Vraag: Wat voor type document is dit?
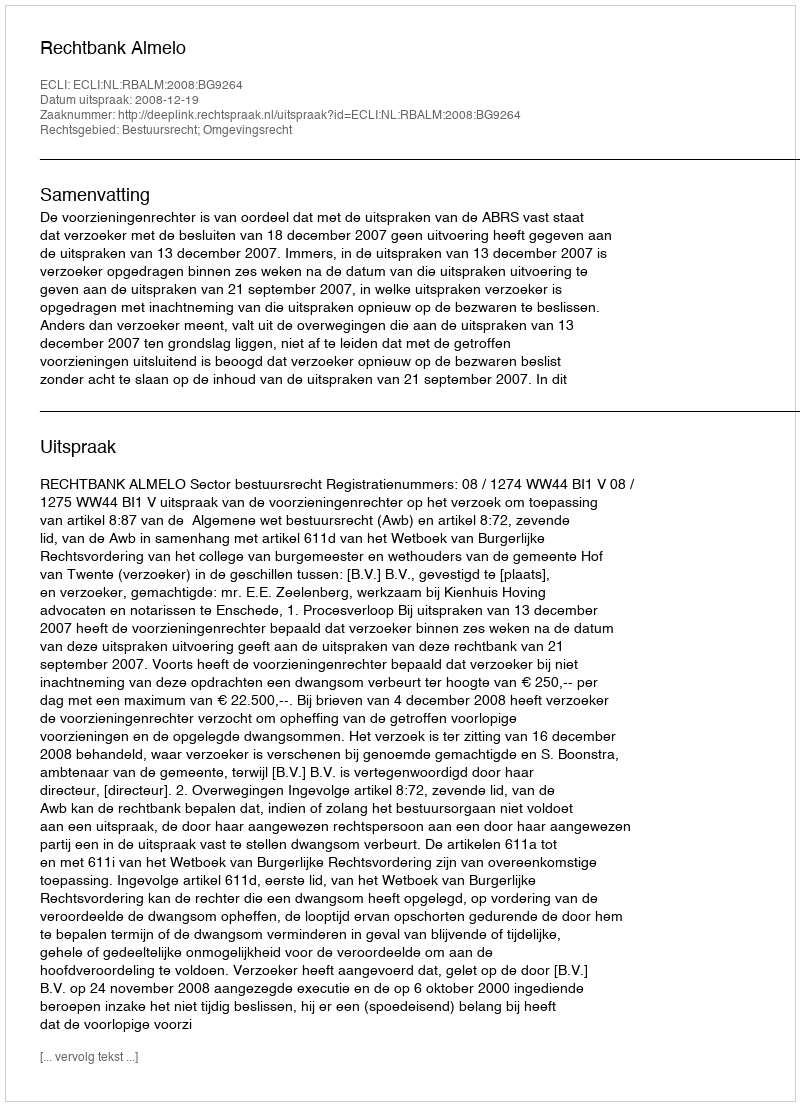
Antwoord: Uitspraak